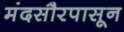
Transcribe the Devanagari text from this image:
मंदसौरपासून